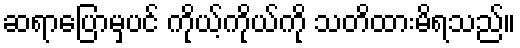
ဆရာပြောမှပင် ကိုယ့်ကိုယ်ကို သတိထားမိရသည်။